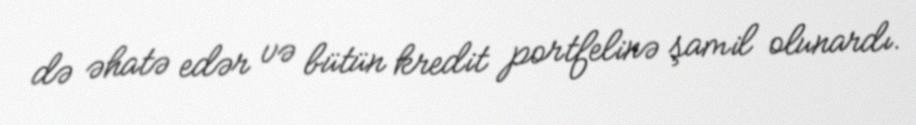
də əhatə edər və bütün kredit portfelinə şamil olunardı.